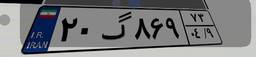
۲۰گ۸۶۹۷۳